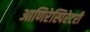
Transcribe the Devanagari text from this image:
आणिरेस्पिरेटरी